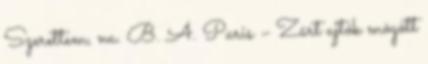
Szerettem, na. B. A. Paris – Zárt ajtók mögött